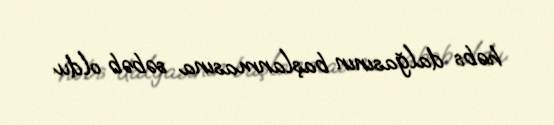
həbs dalğasının başlanmasına səbəb oldu.